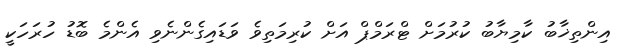
އިންތިޚާބު ކާމިޔާބު ކުރުމަށް ޓްރަމްޕް އަށް ކުރިމަތިވެ ވަޑައިގެންނެވި އެންމެ ބޮޑު ހުރަހަކީ